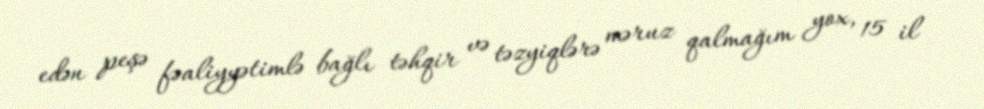
edən peşə fəaliyyətimlə bağlı təhqir və təzyiqlərə məruz qalmağım yox, 15 il